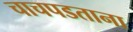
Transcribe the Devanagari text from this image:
चाचपडताना